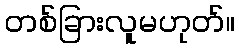
တစ်ခြားလူမဟုတ်။